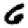
Digit: 6